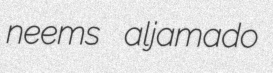
neems aljamado